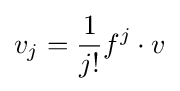
v_{j}={1 \over j!}f^{j}\cdot v